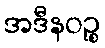
အဒီနဝဉ္စ